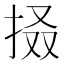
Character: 𢬏